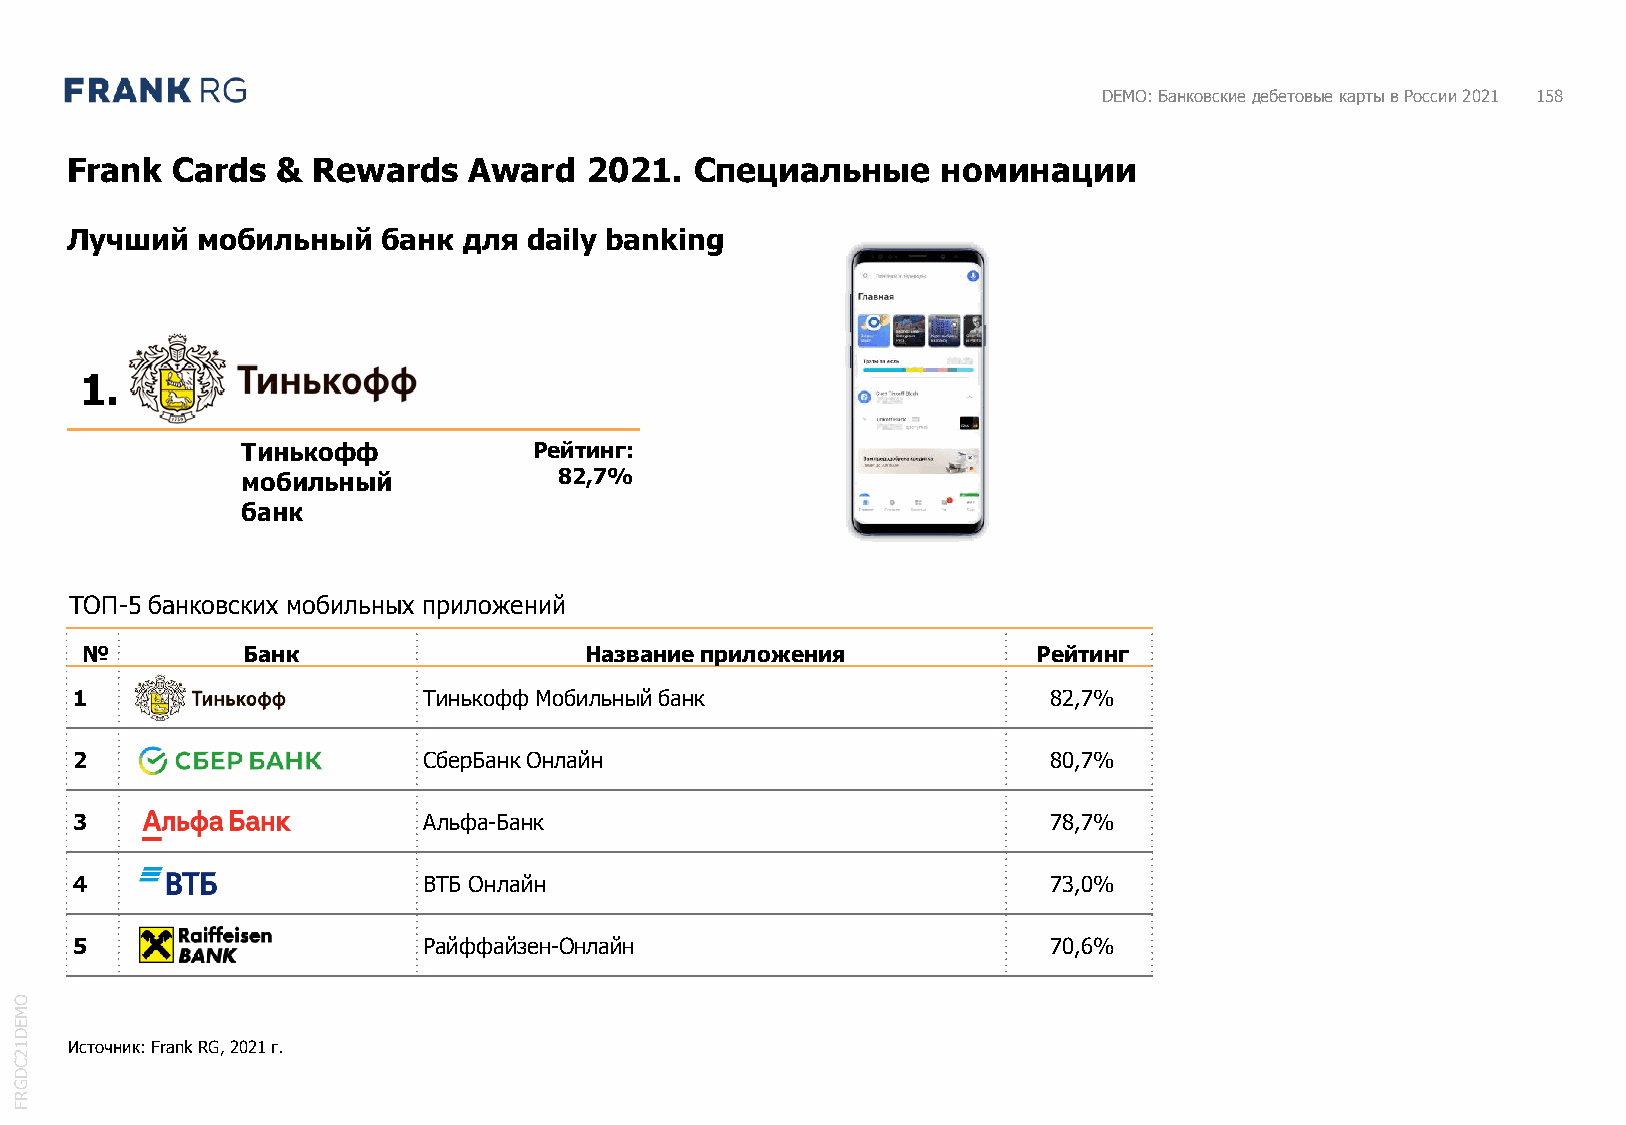
DEMO: Банковские дебетовые карты в России 2021 158
 Frank  Cards  &  Rewards   Award   2021.  Специальные     номинации
 Лучший   мобильный   банк  для daily banking
 1.
 Тинькофф           Рейтинг:
 мобильный            82,7%
 банк
 ТОП-5 банковских мобильных приложений
 №          Банк                   Название приложения           Рейтинг
 1                      Тинькофф Мобильный банк                  82,7%
 2                      СберБанкОнлайн                           80,7%
 3                      Альфа-Банк                               78,7%
 4                      ВТБ Онлайн                               73,0%
 5                      Райффайзен-Онлайн                        70,6%
 O
 M
 E
 D
 1  Источник: Frank RG, 2021 г.
 2
 C
 D
 G
 R
 F